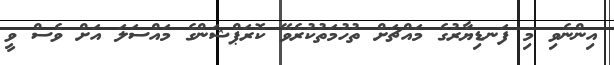
އިންނެވި މި ފަނޑިޔާރުގެ މައްޗަށް ތުހުމަތުކުރެވޭ ކޮރަޕްޝަންގެ މައްސަލަ އަށް ވެސް ވީ